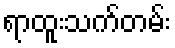
ရာထူးသက်တမ်း